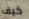
كيف